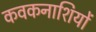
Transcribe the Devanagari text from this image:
कवकनाशियों